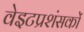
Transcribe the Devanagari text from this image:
वेइटप्रशंसकों